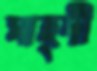
মাহ্দী